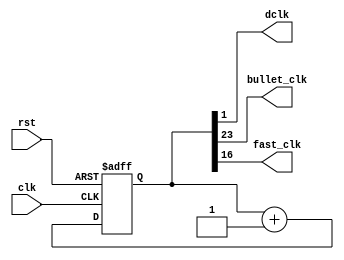
`timescale 1ns / 1ps

module clock_div(
	input wire clk,			//master clock: 100MHz
	input wire rst,			//asynchronous reset
	output wire dclk,			//pixel clock: 25MHz
	output wire bullet_clk, //bullet clock: ~2.98Hz
	output wire fast_clk
	);

// 26-bit counter variable
reg [25:0] q;

// Clock divider --
// Each bit in q is a clock signal that is
// only a fraction of the master clock.
always @(posedge clk or posedge rst)
begin
	// reset condition
	if (rst == 1)
		q <= 0;
	// increment counter by one
	else
		q <= q + 1;
end

// 100MHz  2^2 = 25MHz
assign dclk = q[1];

// 100MHz 2^25 = 2.98Hz --> ~3 per second
assign bullet_clk = q[23];

// 100MHz 2^17 = 762.94Hz
assign fast_clk = q[16];

endmodule